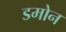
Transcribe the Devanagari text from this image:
डमोन